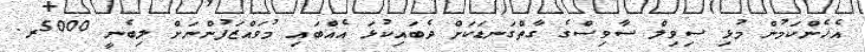
އެހެންކަމުން މުޅި ސިވިލް ސާވިސްގެ ގާތްގަނޑަކަށް ދެބައިކުޅަ އެއްބައި މުވައްޒަފުންނަށް ލިބެނީ 5000ރ.